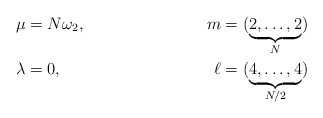
\begin{align*}\mu&=N \omega_2, &m&=(\underbrace{2,\ldots,2}_{N})\\\lambda&=0, &\ell&=(\underbrace{4,\ldots,4}_{N/2})\end{align*}